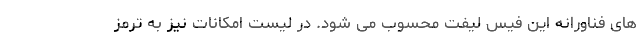
های فناورانه این فیس لیفت محسوب می شود. در لیست امکانات نیز به ترمز